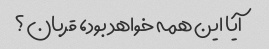
آیا این همه خواهد بود، قربان؟